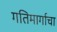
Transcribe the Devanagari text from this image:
गतिमार्गाचा